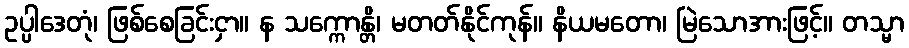
ဥပ္ပါဒေတုံ၊ ဖြစ်စေခြင်းငှာ။ န သက္ကောန္တိ၊ မတတ်နိုင်ကုန်။ နိယမတော၊ မြဲသောအားဖြင့်။ တသ္မာ